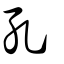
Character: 孔